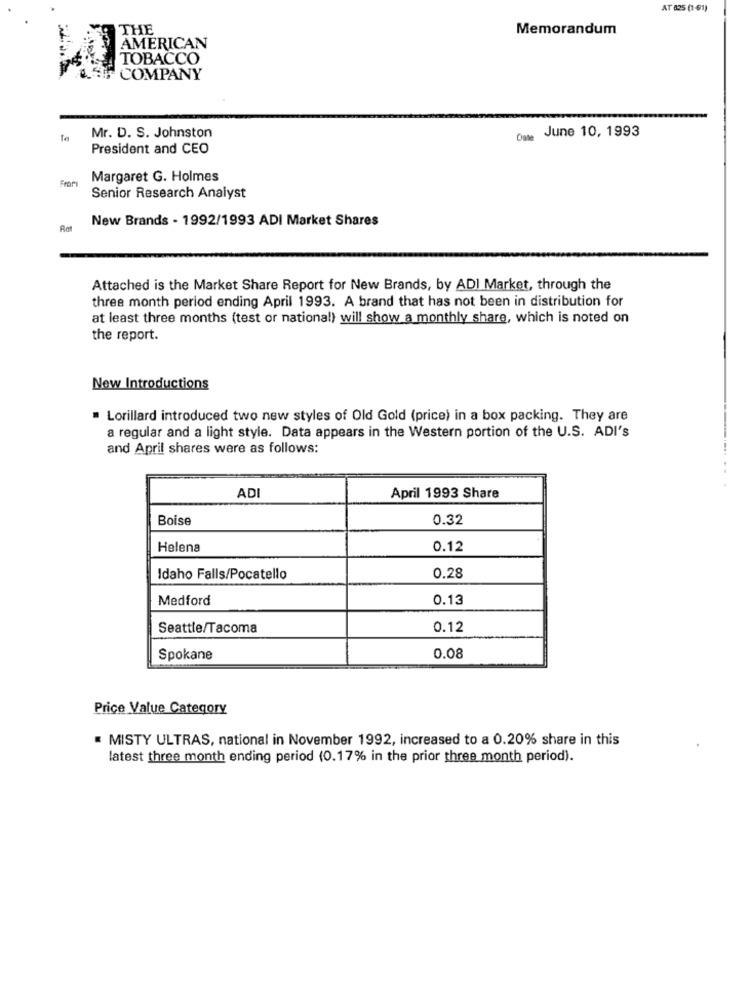
AT 825 (1-61)
THE
Memorandum
AMERICAN
TOBACCO
COMPANY
Mr. D. S. Johnston
Oste June 10, 1993
President and CEO
Margaret G. Holmes
Senior Research Analyst
New Brands - 1992/1993 ADI Market Shares
Rat
Attached is the Market Share Report for New Brands, by ADI Market, through the
three month period ending April 1993. A brand that has not been in distribution for
at least three months (test or national) will show a monthly share, which is noted on
the report.
New Introductions
Lorillard introduced two new styles of Old Gold (price) in a box packing. They are
a regular and a light style. Data appears in the Western portion of the U.S. ADI's
and April shares were as follows:
....
ADI
April 1993 Share
Boise
0.32
Helena
0.12
Idaho Falls/Pocatello
0.28
Medford
0.13
Seattle/Tacoma
0.12
Spokane
0.08
Price Value Category
MISTY ULTRAS, national in November 1992, increased to a 0.20% share in this
latest three month ending period (0.17% in the prior three month period).